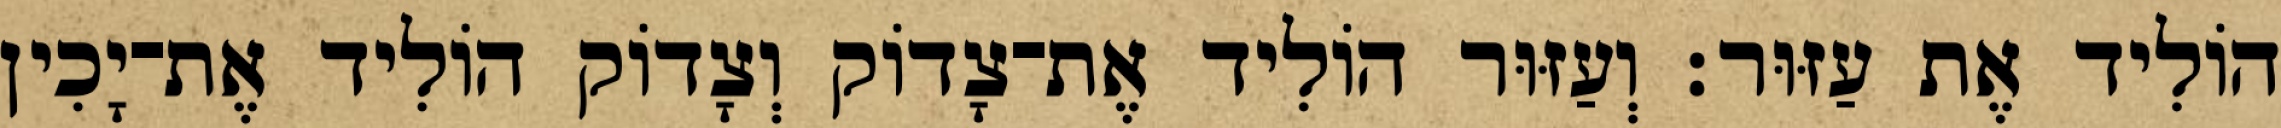
הוֹלִיד אֶת עַזּוּר׃ וְעַזּוּר הוֹלִיד אֶת־צָדוֹק וְצָדוֹק הוֹלִיד אֶת־יָכִין